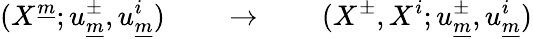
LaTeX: (X^{\underline{{{m}}}};u_{\underline{{{m}}}}^{\pm},u_{\underline{{{m}}}}^{i})\qquad\rightarrow\qquad(X^{\pm},X^{i};u_{\underline{{{m}}}}^{\pm},u_{\underline{{{m}}}}^{i})